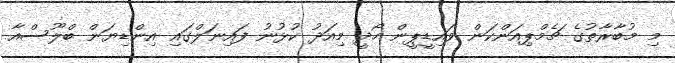
މި މުބާރާތުގެ ޗެމްޕިއަންކަން ވައިޑީޕީން ހޯދީ މިއަދު ކުޅުނު ފައިނަލްގައި އިންޑިޔަން ބްލޫސްއާ